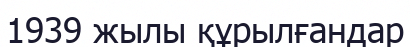
1939 жылы құрылғандар